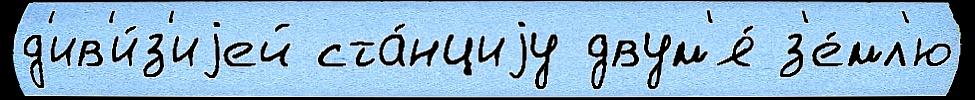
д'ив'и́з'иjей ста́нциjу двум'я́ з'е́мл'ю